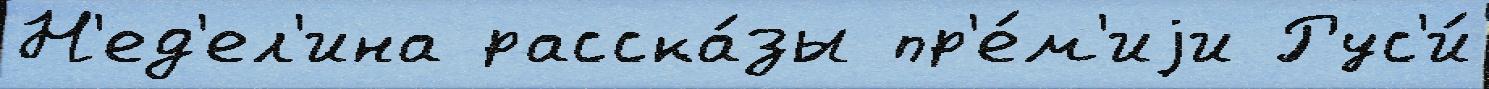
Н'ед'ел'ина расска́зы пр'е́м'иjи Рус'и́